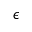
\epsilon